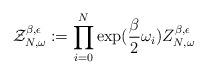
LaTeX: \begin{align*}\mathcal{Z}^{\beta,\epsilon}_{N,\omega}:= \prod_{i=0}^{N} \exp(\frac{\beta}{2}\omega_i) Z^{\beta,\epsilon}_{N,\omega}\end{align*}